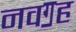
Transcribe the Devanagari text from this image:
नवॻह